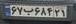
۶۷ب۶۸۴۲۱